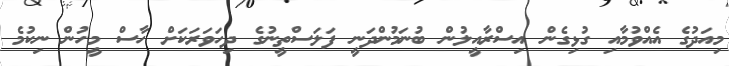
މިއަދުގެ އެއްވުމާއި ގުޅިގެން އިސްރާއީލުން ބުނަމުންދަނީ ފަލަސްތީނުގެ ދިހަވަރަކަށް ހާސް މީހުން ނިކުމެ